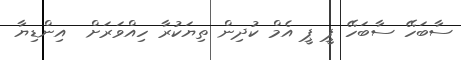
ސާބަހޭ ސާބަހޭ ޕީ ޕީ އެމް ކުދިން ތިޔަކުރާ ހިއްވަރަށް  އިންޑިޔާ